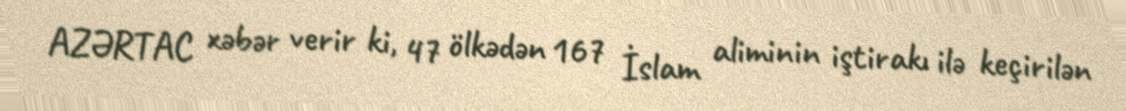
AZƏRTAC xəbər verir ki, 47 ölkədən 167 İslam aliminin iştirakı ilə keçirilən